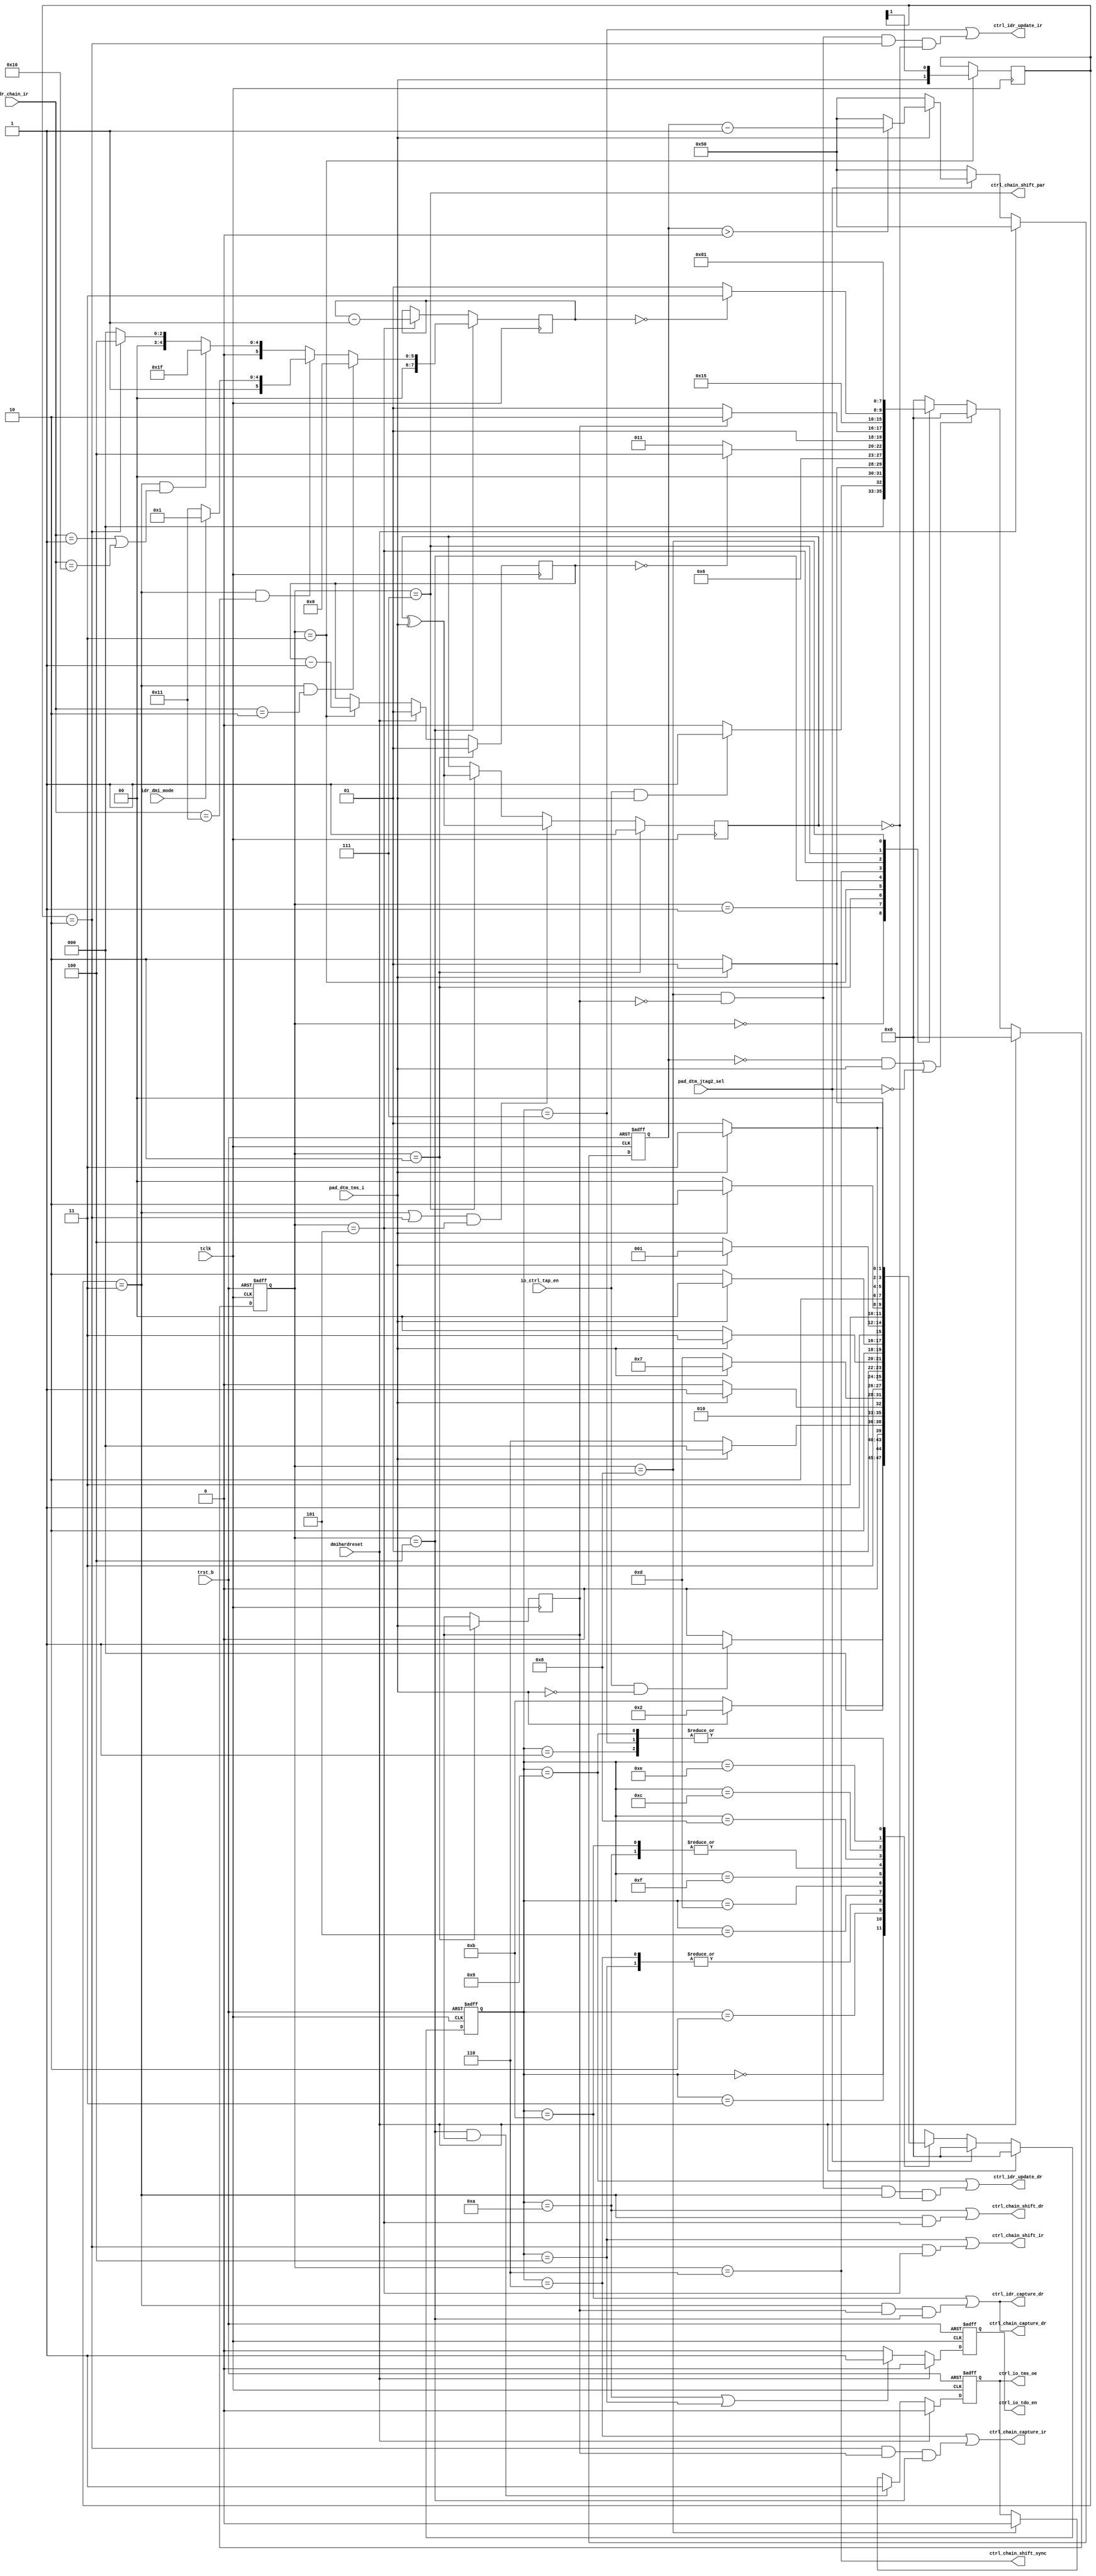
/*Copyright 2020-2021 T-Head Semiconductor Co., Ltd.

Licensed under the Apache License, Version 2.0 (the "License");
you may not use this file except in compliance with the License.
You may obtain a copy of the License at

    http://www.apache.org/licenses/LICENSE-2.0

Unless required by applicable law or agreed to in writing, software
distributed under the License is distributed on an "AS IS" BASIS,
WITHOUT WARRANTIES OR CONDITIONS OF ANY KIND, either express or implied.
See the License for the specific language governing permissions and
limitations under the License.
*/
module tdt_dtm_ctrl #(
    parameter       DTM_ABITS            = 16,    
    parameter       DTM_NDMIREG_WIDTH    = 32, 
    parameter       DTM_IRREG_WIDTH      = 5, 
    parameter [6:0] DTM_FSM2_RSTCNT      = 7'd80 
)(
    input           tclk,                    
    input           trst_b,
    input           dmihardreset,
    input           io_ctrl_tap_en,            
    input           pad_dtm_jtag2_sel,       
    input           pad_dtm_tms_i,   
    input           idr_dmi_mode,
    input [DTM_IRREG_WIDTH-1:0] idr_chain_ir,
    output          ctrl_io_tdo_en,            
    output          ctrl_io_tms_oe,            
    output          ctrl_chain_capture_dr,   
    output          ctrl_chain_capture_ir,   
    output          ctrl_idr_update_ir,       
    output          ctrl_idr_update_dr,
    output          ctrl_idr_capture_dr,
    output          ctrl_chain_shift_dr,      
    output          ctrl_chain_shift_ir,      
    output          ctrl_chain_shift_par,     
    output          ctrl_chain_shift_sync
);

    localparam   DTM_DMIREG_WIDTH      = DTM_ABITS + 2 + 32;
    localparam   DTM_DMIREG_ACC_WIDTH  = DTM_DMIREG_WIDTH - DTM_ABITS;
    localparam   DTM_DMIACCREG_WIDTH   = 1;  

    localparam  [DTM_IRREG_WIDTH-1:0]   IDCODE               = 5'h01;
    localparam  [DTM_IRREG_WIDTH-1:0]   DMI_ACC              = 5'h02;
    localparam  [DTM_IRREG_WIDTH-1:0]   DTMCS                = 5'h10;
    localparam  [DTM_IRREG_WIDTH-1:0]   DMI                  = 5'h11;
    
    reg        [7:0]  fsm2_data_counter;        
    reg               fsm2_parity;              
    reg               fsm2_read_vld;            
    reg        [1:0]  fsm2_rs;                  
    reg        [1:0]  fsm2_rs_counter;          
    reg        [3:0]  tap2_cur_st;             
    reg        [3:0]  tap2_nxt_st;             
    reg        [6:0]  tap2_rst_cnt;            
    reg        [3:0]  tap5_cur_st;             
    reg        [3:0]  tap5_nxt_st;             
    reg               tdo_en;                  
    reg               tms_oe;                  
   
    
    wire              jtag2_sel;               
    wire              fsm2_capture_dr;   
    wire              fsm2_capture_ir;                 
    wire              fsm2_load_rs;             
    wire              fsm2_load_rw;             
    wire              fsm2_parity_vld;          
    wire              fsm2_rs_had_dr_dmi_sel; 
    wire              fsm2_rs_had_dr_sel;       
    wire              fsm2_rs_had_dr_ndmi_sel;          
    wire              fsm2_rs_had_ir_sel;       
    wire              fsm2_shift_dr;            
    wire              fsm2_shift_ir;            
    wire              fsm2_shift_vld;           
    wire              fsm2_start_vld;           
    wire              fsm2_sync_vld;            
    wire              fsm2_trn1;                
    wire              fsm2_trn2;                
    wire              fsm2_update_dr;           
    wire              fsm2_update_ir;           
    wire              fsm2_update_vld;          
    wire              fsm5_capture_dr;    
    wire              fsm5_capture_ir;                
    wire              fsm5_shift_dr;            
    wire              fsm5_shift_ir;            
    wire              fsm5_update_dr;           
    wire              fsm5_update_ir;           
    wire              fsm2_rs_had_dr_dmiacc_sel;
    wire              tap2_rst_vld;
    wire              tms_i;
    wire [7:0]        counter_value_dmiacc;
    wire [7:0]        counter_value_dmi;
    wire [7:0]        counter_value_ndmi;
    wire [7:0]        counter_value_ir;
    assign tms_i = pad_dtm_tms_i;
    assign jtag2_sel = pad_dtm_jtag2_sel;
    
    //==============================================================================
    //                    TAP5 controller state machine
    //==============================================================================
    localparam TAP5_RESET          = 4'b0000;
    localparam TAP5_IDLE           = 4'b0001;
    localparam TAP5_SELECT_DR_SCAN = 4'b0011;
    localparam TAP5_SELECT_IR_SCAN = 4'b0010;
    localparam TAP5_CAPTURE_IR     = 4'b0110;
    localparam TAP5_SHIFT_IR       = 4'b0100;
    localparam TAP5_EXIT1_IR       = 4'b0101;
    localparam TAP5_UPDATE_IR      = 4'b0111;
    localparam TAP5_CAPTURE_DR     = 4'b1011;
    localparam TAP5_SHIFT_DR       = 4'b1010;
    localparam TAP5_EXIT1_DR       = 4'b1000;
    localparam TAP5_UPDATE_DR      = 4'b1001;
    localparam TAP5_PAUSE_IR       = 4'b1101;
    localparam TAP5_EXIT2_IR       = 4'b1111;
    localparam TAP5_PAUSE_DR       = 4'b1100;
    localparam TAP5_EXIT2_DR       = 4'b1110;
    
    always @ (posedge tclk or negedge trst_b) begin
        if (~trst_b)
            tap5_cur_st[3:0] <= TAP5_RESET;
        else if (dmihardreset)
            tap5_cur_st[3:0] <= TAP5_RESET;
        else if (jtag2_sel)
            tap5_cur_st[3:0] <= TAP5_RESET;
        else 
            tap5_cur_st[3:0] <= tap5_nxt_st[3:0];
    end
    
    always @ (tap5_cur_st[3:0] or
              io_ctrl_tap_en or
              tms_i) begin
        case(tap5_cur_st[3:0])
            TAP5_RESET:
                if (io_ctrl_tap_en & ~tms_i)
                    tap5_nxt_st[3:0] = TAP5_IDLE;
                else
                    tap5_nxt_st[3:0] = TAP5_RESET;
            TAP5_IDLE:
                if (tms_i)      
                    tap5_nxt_st[3:0] = TAP5_SELECT_DR_SCAN;
                else
                    tap5_nxt_st[3:0] = TAP5_IDLE;
            TAP5_SELECT_DR_SCAN:
                if (tms_i)
                    tap5_nxt_st[3:0] = TAP5_SELECT_IR_SCAN;
                else
                    tap5_nxt_st[3:0] = TAP5_CAPTURE_DR;
            TAP5_SELECT_IR_SCAN:
                if (~tms_i)
                    tap5_nxt_st[3:0] = TAP5_CAPTURE_IR;
                else
                    tap5_nxt_st[3:0] = TAP5_RESET;
            TAP5_CAPTURE_IR:
                if (~tms_i)
                    tap5_nxt_st[3:0] = TAP5_SHIFT_IR;
                else
                    tap5_nxt_st[3:0] = TAP5_EXIT1_IR;
            TAP5_SHIFT_IR: 
                if (tms_i)
                    tap5_nxt_st[3:0] = TAP5_EXIT1_IR;
                else
                    tap5_nxt_st[3:0] = TAP5_SHIFT_IR;
            TAP5_EXIT1_IR:
                if (tms_i)
                    tap5_nxt_st[3:0] = TAP5_UPDATE_IR;
                else
                    tap5_nxt_st[3:0] = TAP5_PAUSE_IR;
            TAP5_PAUSE_IR:
                if (tms_i)
                    tap5_nxt_st[3:0] = TAP5_EXIT2_IR;
                else
                    tap5_nxt_st[3:0] = TAP5_PAUSE_IR;
            TAP5_EXIT2_IR:
                if (tms_i)
                    tap5_nxt_st[3:0] = TAP5_UPDATE_IR;
                else
                    tap5_nxt_st[3:0] = TAP5_SHIFT_IR;
            TAP5_UPDATE_IR:
                if (tms_i)
                    tap5_nxt_st[3:0] = TAP5_SELECT_DR_SCAN;
                else
                    tap5_nxt_st[3:0] = TAP5_IDLE;
            TAP5_CAPTURE_DR: 
                if (~tms_i)
                    tap5_nxt_st[3:0] = TAP5_SHIFT_DR;
                else
                    tap5_nxt_st[3:0] = TAP5_EXIT1_DR;
            TAP5_SHIFT_DR:
                if (tms_i)
                    tap5_nxt_st[3:0] = TAP5_EXIT1_DR;
                else
                    tap5_nxt_st[3:0] = TAP5_SHIFT_DR;
            TAP5_EXIT1_DR:
                if (~tms_i)
                    tap5_nxt_st[3:0] = TAP5_PAUSE_DR;
                else
                    tap5_nxt_st[3:0] = TAP5_UPDATE_DR;
            TAP5_PAUSE_DR:
                if (tms_i)
                    tap5_nxt_st[3:0] = TAP5_EXIT2_DR;
                else
                    tap5_nxt_st[3:0] = TAP5_PAUSE_DR;
            TAP5_EXIT2_DR:
                if (tms_i)
                    tap5_nxt_st[3:0] = TAP5_UPDATE_DR;
                else
                    tap5_nxt_st[3:0] = TAP5_SHIFT_DR;
            TAP5_UPDATE_DR:
                if (tms_i)
                    tap5_nxt_st[3:0] = TAP5_SELECT_DR_SCAN;
                else
                    tap5_nxt_st[3:0] = TAP5_IDLE;
            default:
                tap5_nxt_st[3:0] = TAP5_RESET;
        endcase
    end
    
    //=============================================
    // TAP5 status
    //=============================================
    assign fsm5_shift_ir   = (tap5_cur_st[3:0] == TAP5_SHIFT_IR);
    assign fsm5_update_ir  = (tap5_cur_st[3:0] == TAP5_UPDATE_IR);
    assign fsm5_shift_dr   = (tap5_cur_st[3:0] == TAP5_SHIFT_DR);
    assign fsm5_update_dr  = (tap5_cur_st[3:0] == TAP5_UPDATE_DR);
    assign fsm5_capture_dr = (tap5_cur_st[3:0] == TAP5_CAPTURE_DR);
    assign fsm5_capture_ir = (tap5_cur_st[3:0] == TAP5_CAPTURE_IR);

    //=============================================
    // TDO output enable in JTAG_5 interafce
    //=============================================
    always @ (negedge tclk or negedge trst_b) begin
        if (~trst_b)
            tdo_en <= 1'b0;
        else if (dmihardreset)
            tdo_en <= 1'b0;
        else if (fsm5_shift_dr | fsm5_shift_ir)
            tdo_en <= 1'b1;
        else
            tdo_en <= 1'b0;
    end
    
    assign ctrl_io_tdo_en = tdo_en;
    
    //==============================================================================
    //                    TAP2 controller state machine
    //==============================================================================
    parameter TAP2_RESET  = 4'b0000;
    parameter TAP2_START  = 4'b0001;
    parameter TAP2_RW     = 4'b0010;
    parameter TAP2_RS     = 4'b0011;
    parameter TAP2_TRN1   = 4'b0100;
    parameter TAP2_DATA   = 4'b0101;
    parameter TAP2_SYNC   = 4'b0110; 
    parameter TAP2_PARITY = 4'b0111;
    parameter TAP2_TRN2   = 4'b1000;
    
    always @ (posedge tclk or negedge trst_b) begin
        if (~trst_b)
            tap2_cur_st[3:0] <= TAP2_RESET;
        else if (dmihardreset)
            tap2_cur_st[3:0] <= TAP2_RESET;
        else if ((tap2_rst_vld & tms_i) | (~jtag2_sel))
            tap2_cur_st[3:0] <= TAP2_RESET;
        else
            tap2_cur_st[3:0] <= tap2_nxt_st[3:0];
    end
    
    //========================================
    // counter is counting dowwn when
    // TMS id high and TCLK is valid
    //========================================
    always @ (posedge tclk or negedge trst_b) begin
        if (~trst_b)
            tap2_rst_cnt[6:0] <= DTM_FSM2_RSTCNT;
        else if (dmihardreset)
            tap2_rst_cnt[6:0] <= DTM_FSM2_RSTCNT;
        else if (~jtag2_sel)
            tap2_rst_cnt[6:0] <= DTM_FSM2_RSTCNT;
        else if (~tms_i)
            tap2_rst_cnt[6:0] <= DTM_FSM2_RSTCNT;
        else if (tap2_rst_cnt[6:0] > 7'd0)
            tap2_rst_cnt[6:0] <= tap2_rst_cnt[6:0] - 7'd1;
        else
            tap2_rst_cnt[6:0] <= DTM_FSM2_RSTCNT;
    end
    
    assign tap2_rst_vld = (tap2_rst_cnt[6:0] == 7'd00);
    
    always @ (tap2_cur_st[3:0] or
              io_ctrl_tap_en or
              tms_i or
              fsm2_rs_counter[1:0] or
              fsm2_read_vld or
              fsm2_data_counter[7:0]
              ) begin
        case (tap2_cur_st[3:0])
            TAP2_RESET : begin
                if (io_ctrl_tap_en & tms_i) 
                    tap2_nxt_st[3:0] = TAP2_START;
                else 
                    tap2_nxt_st[3:0] = TAP2_RESET;
            end
    
            TAP2_START : begin // wait for START bit (tms = 0)
                if (~tms_i) // sample START bit, logic 0
                    tap2_nxt_st[3:0] = TAP2_RW;
                else
                    tap2_nxt_st[3:0] = TAP2_START;
            end
    
            TAP2_RW : begin  // RnW bit, 1=Read Op, 0=Write Op
                tap2_nxt_st[3:0] = TAP2_RS;
            end
    
            TAP2_RS : begin // RS[1:0] - Register Group Select
                if (fsm2_rs_counter[1:0] == 2'd0)
                    tap2_nxt_st[3:0] = TAP2_TRN1;
                else
                    tap2_nxt_st[3:0] = TAP2_RS;
            end
    
            TAP2_TRN1 : begin // Turn Around 1
                if (fsm2_read_vld)  // Read operation need a sync cycle
                    tap2_nxt_st[3:0] = TAP2_SYNC;
                else               // write operation
                    tap2_nxt_st[3:0] = TAP2_DATA;
            end
    
            TAP2_SYNC : begin
                tap2_nxt_st[3:0] = TAP2_DATA;
            end
    
            TAP2_DATA : begin // IR or DR, Sample or Set
                if (fsm2_data_counter[7:0] == 8'd0)
                    tap2_nxt_st[3:0] = TAP2_PARITY;
                else
                    tap2_nxt_st[3:0] = TAP2_DATA;
            end
    
            TAP2_PARITY : begin
                tap2_nxt_st[3:0] = TAP2_TRN2;
            end
    
            TAP2_TRN2 : begin
                tap2_nxt_st[3:0] = TAP2_START;
            end
            default : begin
                tap2_nxt_st[3:0] = TAP2_RESET;
            end
        endcase
    end
    
    assign fsm2_start_vld  = (tap2_cur_st[3:0] == TAP2_RW);
    assign fsm2_load_rw    = (tap2_cur_st[3:0] == TAP2_RW);
    assign fsm2_load_rs    = (tap2_cur_st[3:0] == TAP2_RS);
    assign fsm2_trn1       = (tap2_cur_st[3:0] == TAP2_TRN1);
    assign fsm2_trn2       = (tap2_cur_st[3:0] == TAP2_TRN2);
    assign fsm2_shift_vld  = (tap2_cur_st[3:0] == TAP2_DATA);
    assign fsm2_update_vld = (tap2_cur_st[3:0] == TAP2_TRN2);
    assign fsm2_parity_vld = (tap2_cur_st[3:0] == TAP2_PARITY);
    assign fsm2_sync_vld   = (tap2_cur_st[3:0] == TAP2_SYNC);
    
    //=========================================
    // load the RW
    //=========================================
    always @ (posedge tclk) begin
        if (fsm2_load_rw)
            fsm2_read_vld <= tms_i;
    end
    
    //===========================================
    // load the RS[1:0]
    //===========================================
    always @ (posedge tclk) begin
        if (fsm2_start_vld)
            fsm2_rs_counter[1:0] <= 2'd1;
        else if (dmihardreset)
            fsm2_rs_counter[1:0] <= 2'd1;
        else if (fsm2_load_rs) 
            fsm2_rs_counter[1:0] <= fsm2_rs_counter[1:0] - 2'd1;
        else
            fsm2_rs_counter[1:0] <= fsm2_rs_counter[1:0];
    end
    
    always @ (posedge tclk) begin
        if (fsm2_load_rs)
            fsm2_rs[1:0] <= {tms_i, fsm2_rs[1]};
        else
            fsm2_rs[1:0] <= fsm2_rs[1:0];
    end
    
    assign fsm2_rs_had_ir_sel        = fsm2_rs[1:0] == 2'b10;   //IR
    assign fsm2_rs_had_dr_sel        = fsm2_rs[1:0] == 2'b11;   //DR
    assign fsm2_rs_had_dr_dmiacc_sel = fsm2_rs_had_dr_sel & (idr_chain_ir[DTM_IRREG_WIDTH-1:0] == DMI_ACC);
    assign fsm2_rs_had_dr_dmi_sel    = fsm2_rs_had_dr_sel & (idr_chain_ir[DTM_IRREG_WIDTH-1:0] == DMI);
    assign fsm2_rs_had_dr_ndmi_sel   = fsm2_rs_had_dr_sel & (idr_chain_ir[DTM_IRREG_WIDTH-1:0] == IDCODE | idr_chain_ir[DTM_IRREG_WIDTH-1:0] == DTMCS);

    //===========================================
    // intialize DATA shift length
    //===========================================
    always @ (posedge tclk) begin
        if (fsm2_trn1) begin
            if (fsm2_rs_had_dr_dmiacc_sel)
                fsm2_data_counter[7:0] <= {8{1'b0}}; //DTM_DMIACCREG_WIDTH - 1'b1
            else if (fsm2_rs_had_dr_dmi_sel) begin
                if (idr_dmi_mode)
                    fsm2_data_counter[7:0] <= counter_value_dmiacc[7:0]; //34 - 1, to fix lint
                else 
                    fsm2_data_counter[7:0] <= counter_value_dmi[7:0]; //50 - 1, to fix lint
            end else if (fsm2_rs_had_dr_ndmi_sel)
                fsm2_data_counter[7:0] <= counter_value_ndmi[7:0]; //32 - 1, to fix lint
            else if (fsm2_rs_had_ir_sel) 
                fsm2_data_counter[7:0] <= counter_value_ir[7:0]; //5 - 1, to fix lint
            else
                fsm2_data_counter[7:0] <= {8{1'b0}};
        end
        else if (fsm2_shift_vld)
            fsm2_data_counter[7:0] <= fsm2_data_counter[7:0] - {{7{1'b0}},1'b1};
    end
   
    assign counter_value_dmiacc[7:0] = $unsigned(DTM_DMIREG_ACC_WIDTH-1) & {8{1'b1}}; //34 -1
    assign counter_value_dmi[7:0]    = $unsigned(DTM_DMIREG_WIDTH-1) & {8{1'b1}}; //44 -1
    assign counter_value_ndmi[7:0]   = $unsigned(DTM_NDMIREG_WIDTH-1) & {8{1'b1}}; //32-1
    assign counter_value_ir[7:0]     = $unsigned(DTM_IRREG_WIDTH-1) & {8{1'b1}}; //5-1

    //================================================
    // TMS output Enable
    //================================================
    always @ (posedge tclk or negedge trst_b) begin
        if (~trst_b)
            tms_oe <= 1'b0; // default is input
        else if (dmihardreset)
            tms_oe <= 1'b0; // default is input
        else if (fsm2_trn1 & fsm2_read_vld)
            tms_oe <= 1'b1;
        else if (fsm2_trn2)
            tms_oe <= 1'b0;
        else
            tms_oe <= tms_oe;
    end
    
    assign ctrl_io_tms_oe = tms_oe;
    
    //================================================
    // Parity Check
    //================================================
    always @ (posedge tclk) begin
        if (fsm2_start_vld)
            fsm2_parity <= 1'b1;
        else if ((fsm2_rs_had_dr_sel | fsm2_rs_had_ir_sel) & fsm2_shift_vld)
            fsm2_parity <= fsm2_parity ^ tms_i; // calculate the parity bit
        else if (fsm2_parity_vld)
            fsm2_parity <= fsm2_parity ^ tms_i; // check received parity bit
        else
            fsm2_parity <= fsm2_parity;
    end
    
    assign fsm2_shift_ir   = fsm2_rs_had_ir_sel & fsm2_shift_vld;
    assign fsm2_shift_dr   = fsm2_rs_had_dr_sel & fsm2_shift_vld;
    assign fsm2_capture_dr = fsm2_rs_had_dr_sel & fsm2_read_vld & fsm2_trn1;
    assign fsm2_capture_ir = fsm2_rs_had_ir_sel & fsm2_read_vld & fsm2_trn1;
    assign fsm2_update_ir  = fsm2_update_vld & (~fsm2_read_vld) & fsm2_rs_had_ir_sel & (~fsm2_parity);
    assign fsm2_update_dr  = fsm2_update_vld & (~fsm2_read_vld) & fsm2_rs_had_dr_sel & (~fsm2_parity);
    
    assign ctrl_chain_shift_ir   = fsm5_shift_ir | fsm2_shift_ir;
    assign ctrl_chain_shift_dr   = fsm5_shift_dr | fsm2_shift_dr;
    assign ctrl_chain_capture_dr = fsm5_capture_dr | fsm2_capture_dr;
    assign ctrl_chain_capture_ir = fsm5_capture_ir | fsm2_capture_ir;
    assign ctrl_chain_shift_par  = fsm2_parity_vld;
    assign ctrl_chain_shift_sync = fsm2_sync_vld;
    assign ctrl_idr_update_ir    = fsm5_update_ir | fsm2_update_ir;
    assign ctrl_idr_update_dr    = fsm5_update_dr | fsm2_update_dr;
    assign ctrl_idr_capture_dr   = fsm5_capture_dr | fsm2_capture_dr;

    `ifdef ASSERTION
     property jtag2_read_not_update_idr;
      @(posedge tclk) (jtag2_sel & fsm2_read_vld) |-> ~(fsm2_update_ir | fsm2_update_dr);
    endproperty
    assert property(jtag2_read_not_update_idr);   

    property jtag2_write_not_capture_idr;
      @(posedge tclk) (jtag2_sel & ~fsm2_read_vld) |-> ~(fsm2_capture_ir | fsm2_capture_dr);
    endproperty
    assert property(jtag2_write_not_capture_idr);
    `endif
endmodule